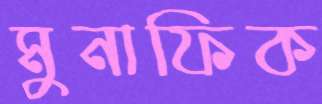
মুনাফিক